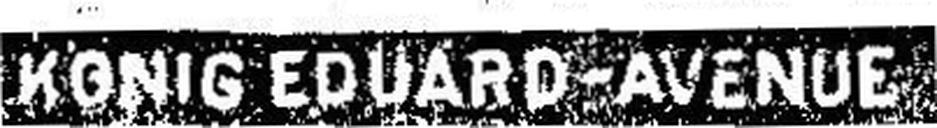
KONIG EDUARD-AVENUE